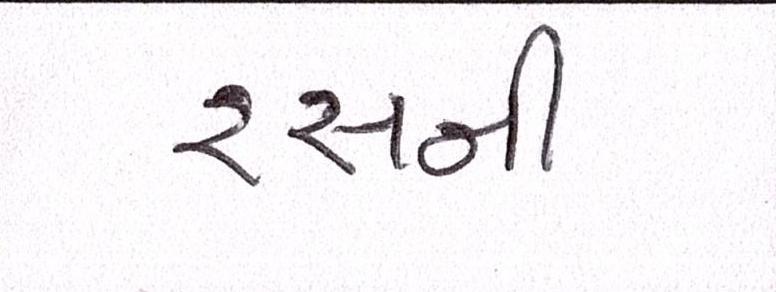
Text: રસની